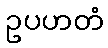
ဥပဟတံ